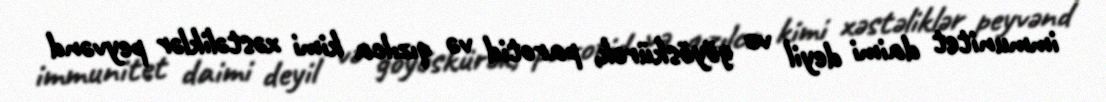
immunitet daimi deyil və göyöskürək, parotid və qızılca kimi xəstəliklər peyvənd